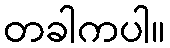
တခါကပါ။